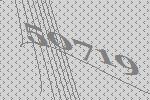
50719